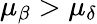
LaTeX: \mu_{\beta}>\mu_{\delta}